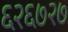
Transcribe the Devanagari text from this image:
६२६७२७